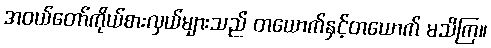
အဝယ်တော်ကိုယ်စားလှယ်များသည် တယောက်နှင့်တယောက် မသိကြ။